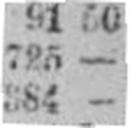
384 —